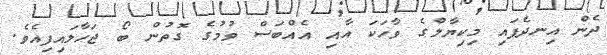
ދެން އިނދެފައި މިކިޔާލްގެ ވާހަކަ އާއި އެއްބަސް ވުމުގެ ގޮތުން ބޯ ޖަހާލައިފިއެވެ.